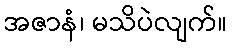
အဇာနံ၊ မသိပဲလျက်။